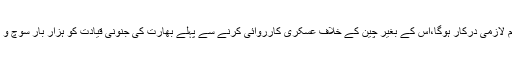
400 دفاعی نظام لازمی درکار ہوگا،اس کے بغیر چین کے خلاف عسکری کارروائی کرنے سے پہلے بھارت کی جنونی قیادت کو ہزار بار سوچ و بچار کرناہوگی ۔